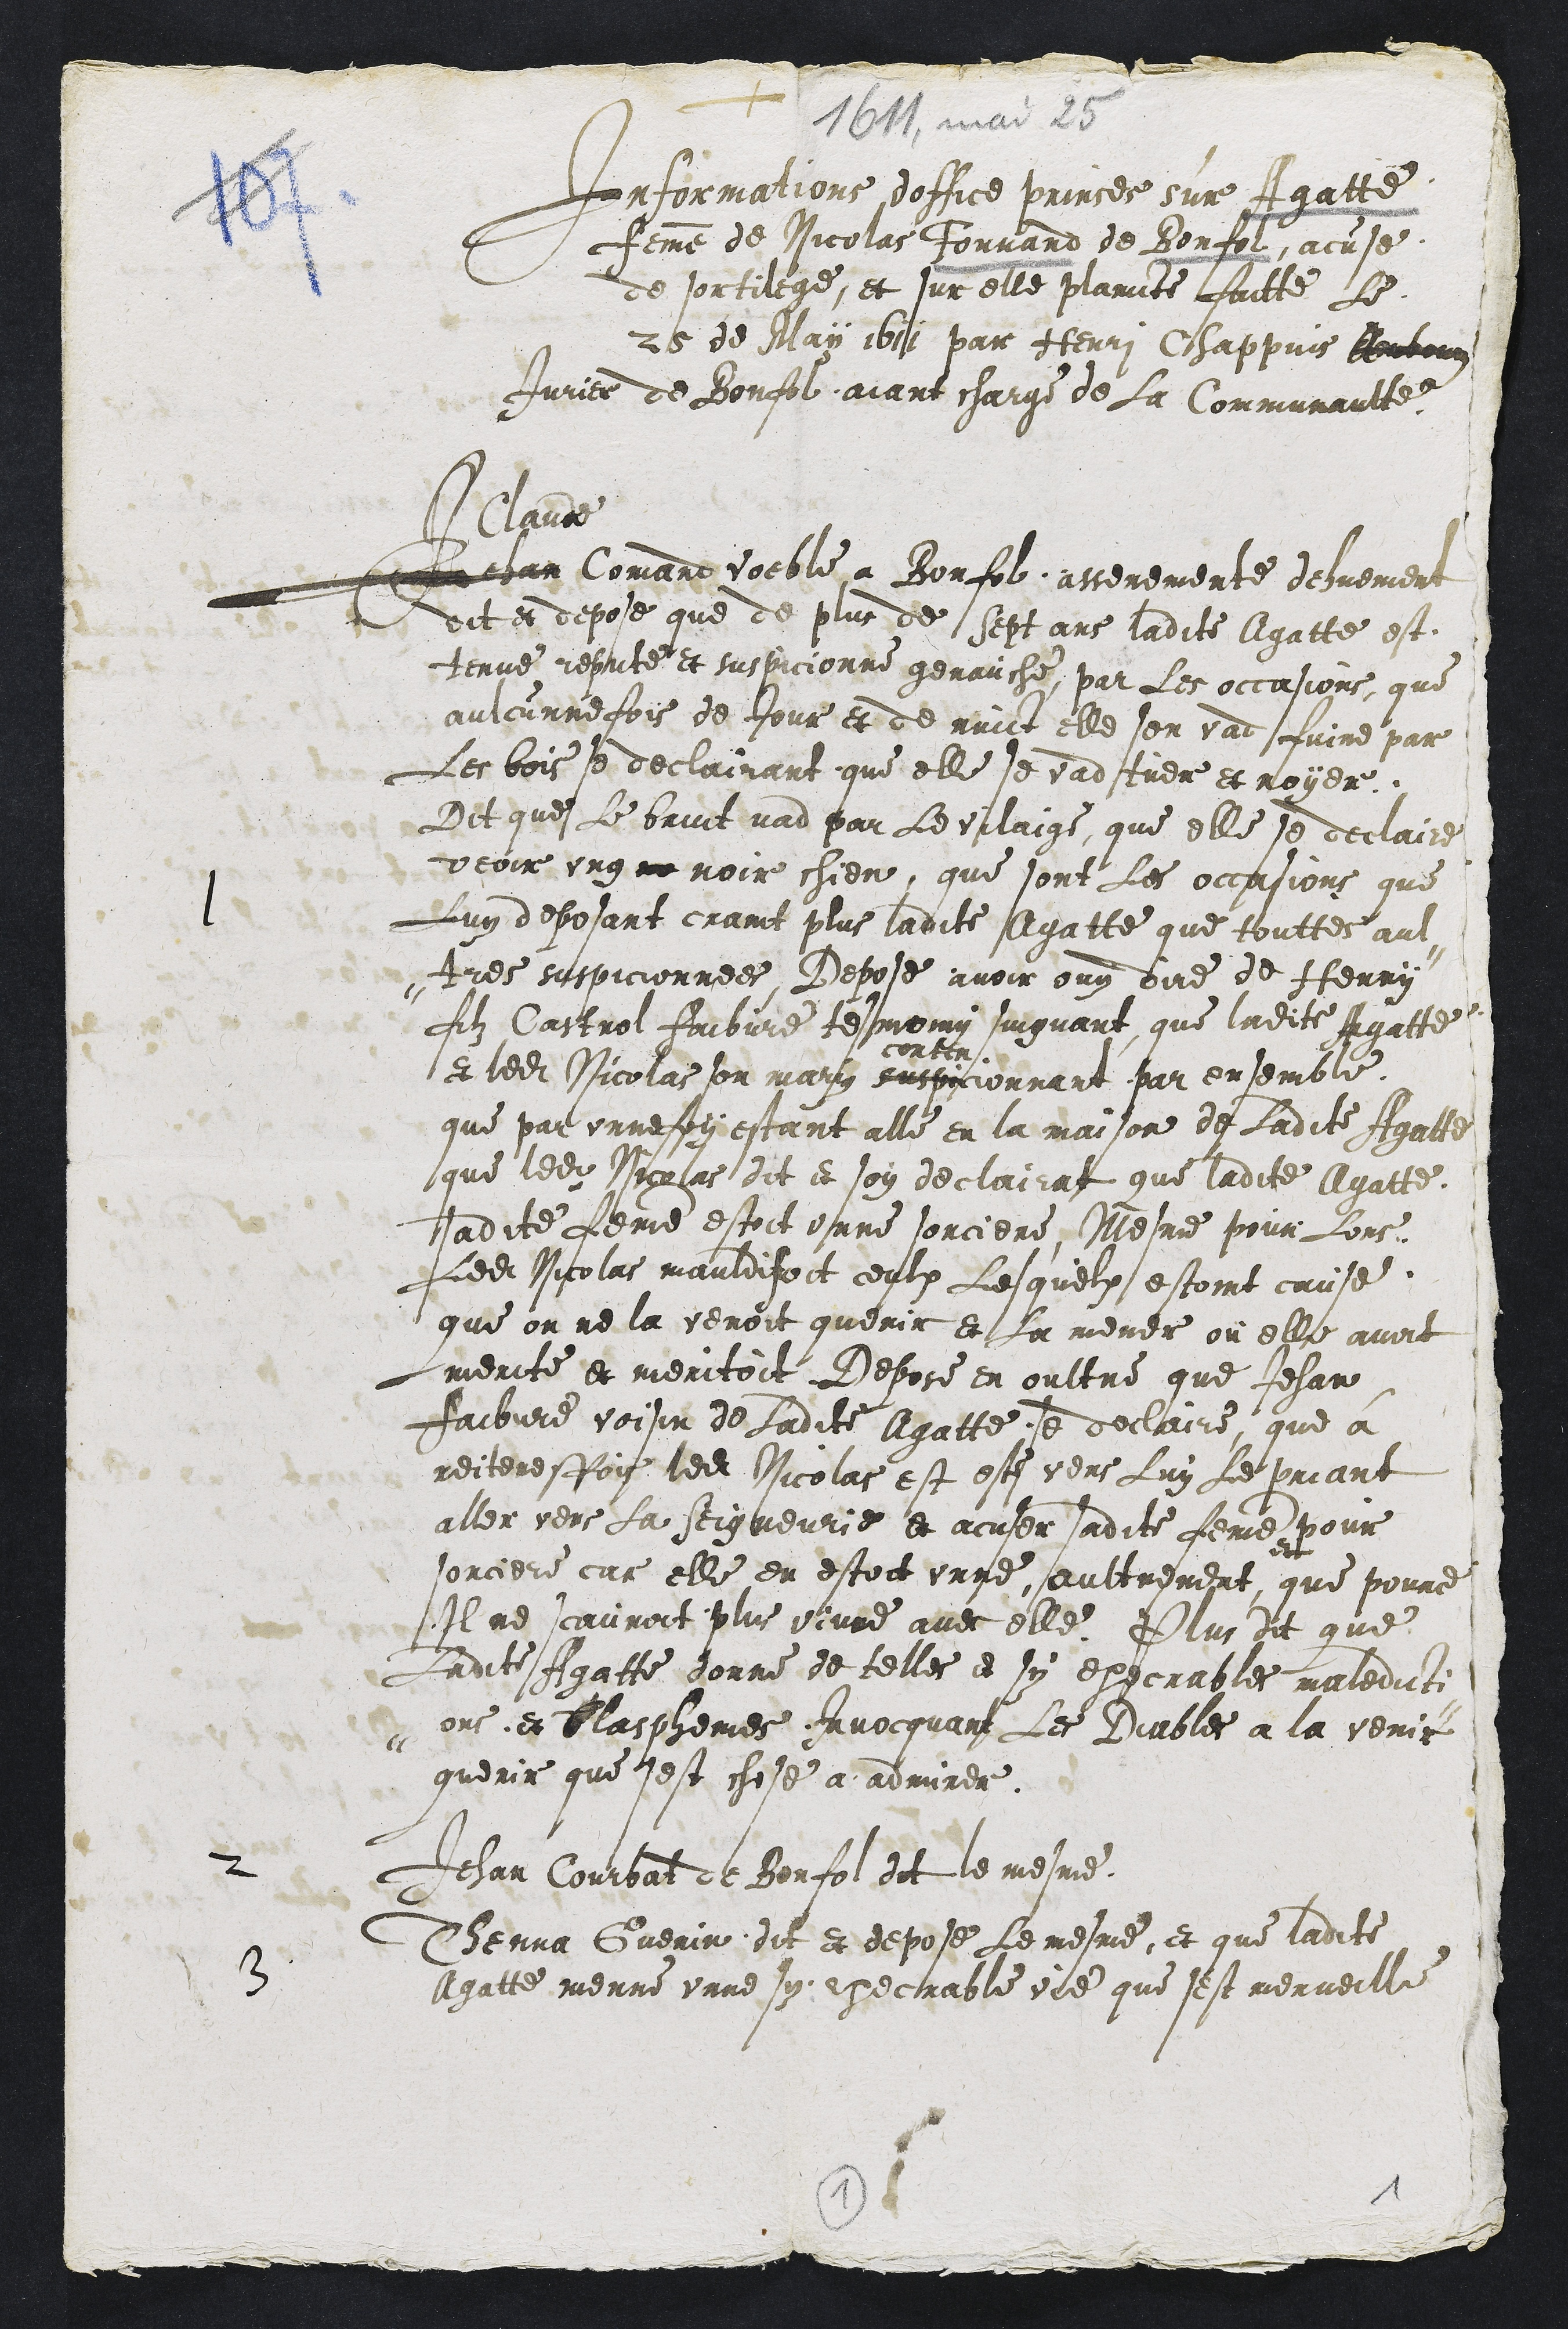
1611, mai 25
+
Informations doffice prinses sur Agatte
femme de Nicolas Fouvand de Bonfol, acuse
de sortilege, et sur elle plaincte faitte Le
25 de May 1611 par Henri Chappuis Ambourg
Jurier de Bonfol aiant charge de La Communaulte.
1
Claude
Jehan Comand voeble a Bonfol asseremente dehuement
dit et depose que de plus de Sept ans ladite Agatte est
tenue repute et suspicionne genauche, par Les occasions, que
aulcunne fois de Jour et de nuict elle sen vad fuire par
Les bois se declairant que elle se vad tuer et noyer
Dit que Le bruit vad par Le vilaige, que elle se declaire
veoir ung ne noir chien, que sont Les occasions que
Luy deposant caint plus ladite Agatte que touttes aul-
-tres suspicionnees, Depose avoir ouy dire de Henry
filz Castrol Faibvre tesmoing suigvant, que ladite Agatte
et ledit Nicolas son mary suspicionnant par ensemble
que par unne foy estant alle en la maison de Ladite Agatte,
que ledit Nicolas dit et soy declairat que ladite Agatte
sadite femme estoit unne sorciere, Mesme pour Lors
Ledit Nicolas mauldisoit ceulx Lesquelx estoint cause,
que on ne la venoir querir et La mener ou elle avoit
merite et meritoit. Depose en oultre que Jehan
Faibvre voisin de Ladite Agatte, se declaire, que à
reiteresfois ledit Nicolas est este vers Luy Le priant
aller vers La Seigneurie et acuser sadite femme pour
sorciere car elle en estoit unne, aultrement que pource
 Il ne scauroit plus vivre avec elle. Plus dit que
Ladite Agatte donne de telles et sy execrables maledicti-
-ons, et blasphemes, Invocquant Les Diables a la venir
querir que sest chose a admirer.
2 Jehan Courbat de Bonfol dit le mesme
3 Thenna Guenin dit et depose Le mesme, et que ladite
Agatte menne unne sy execrable vie que sest merveille1
1
1